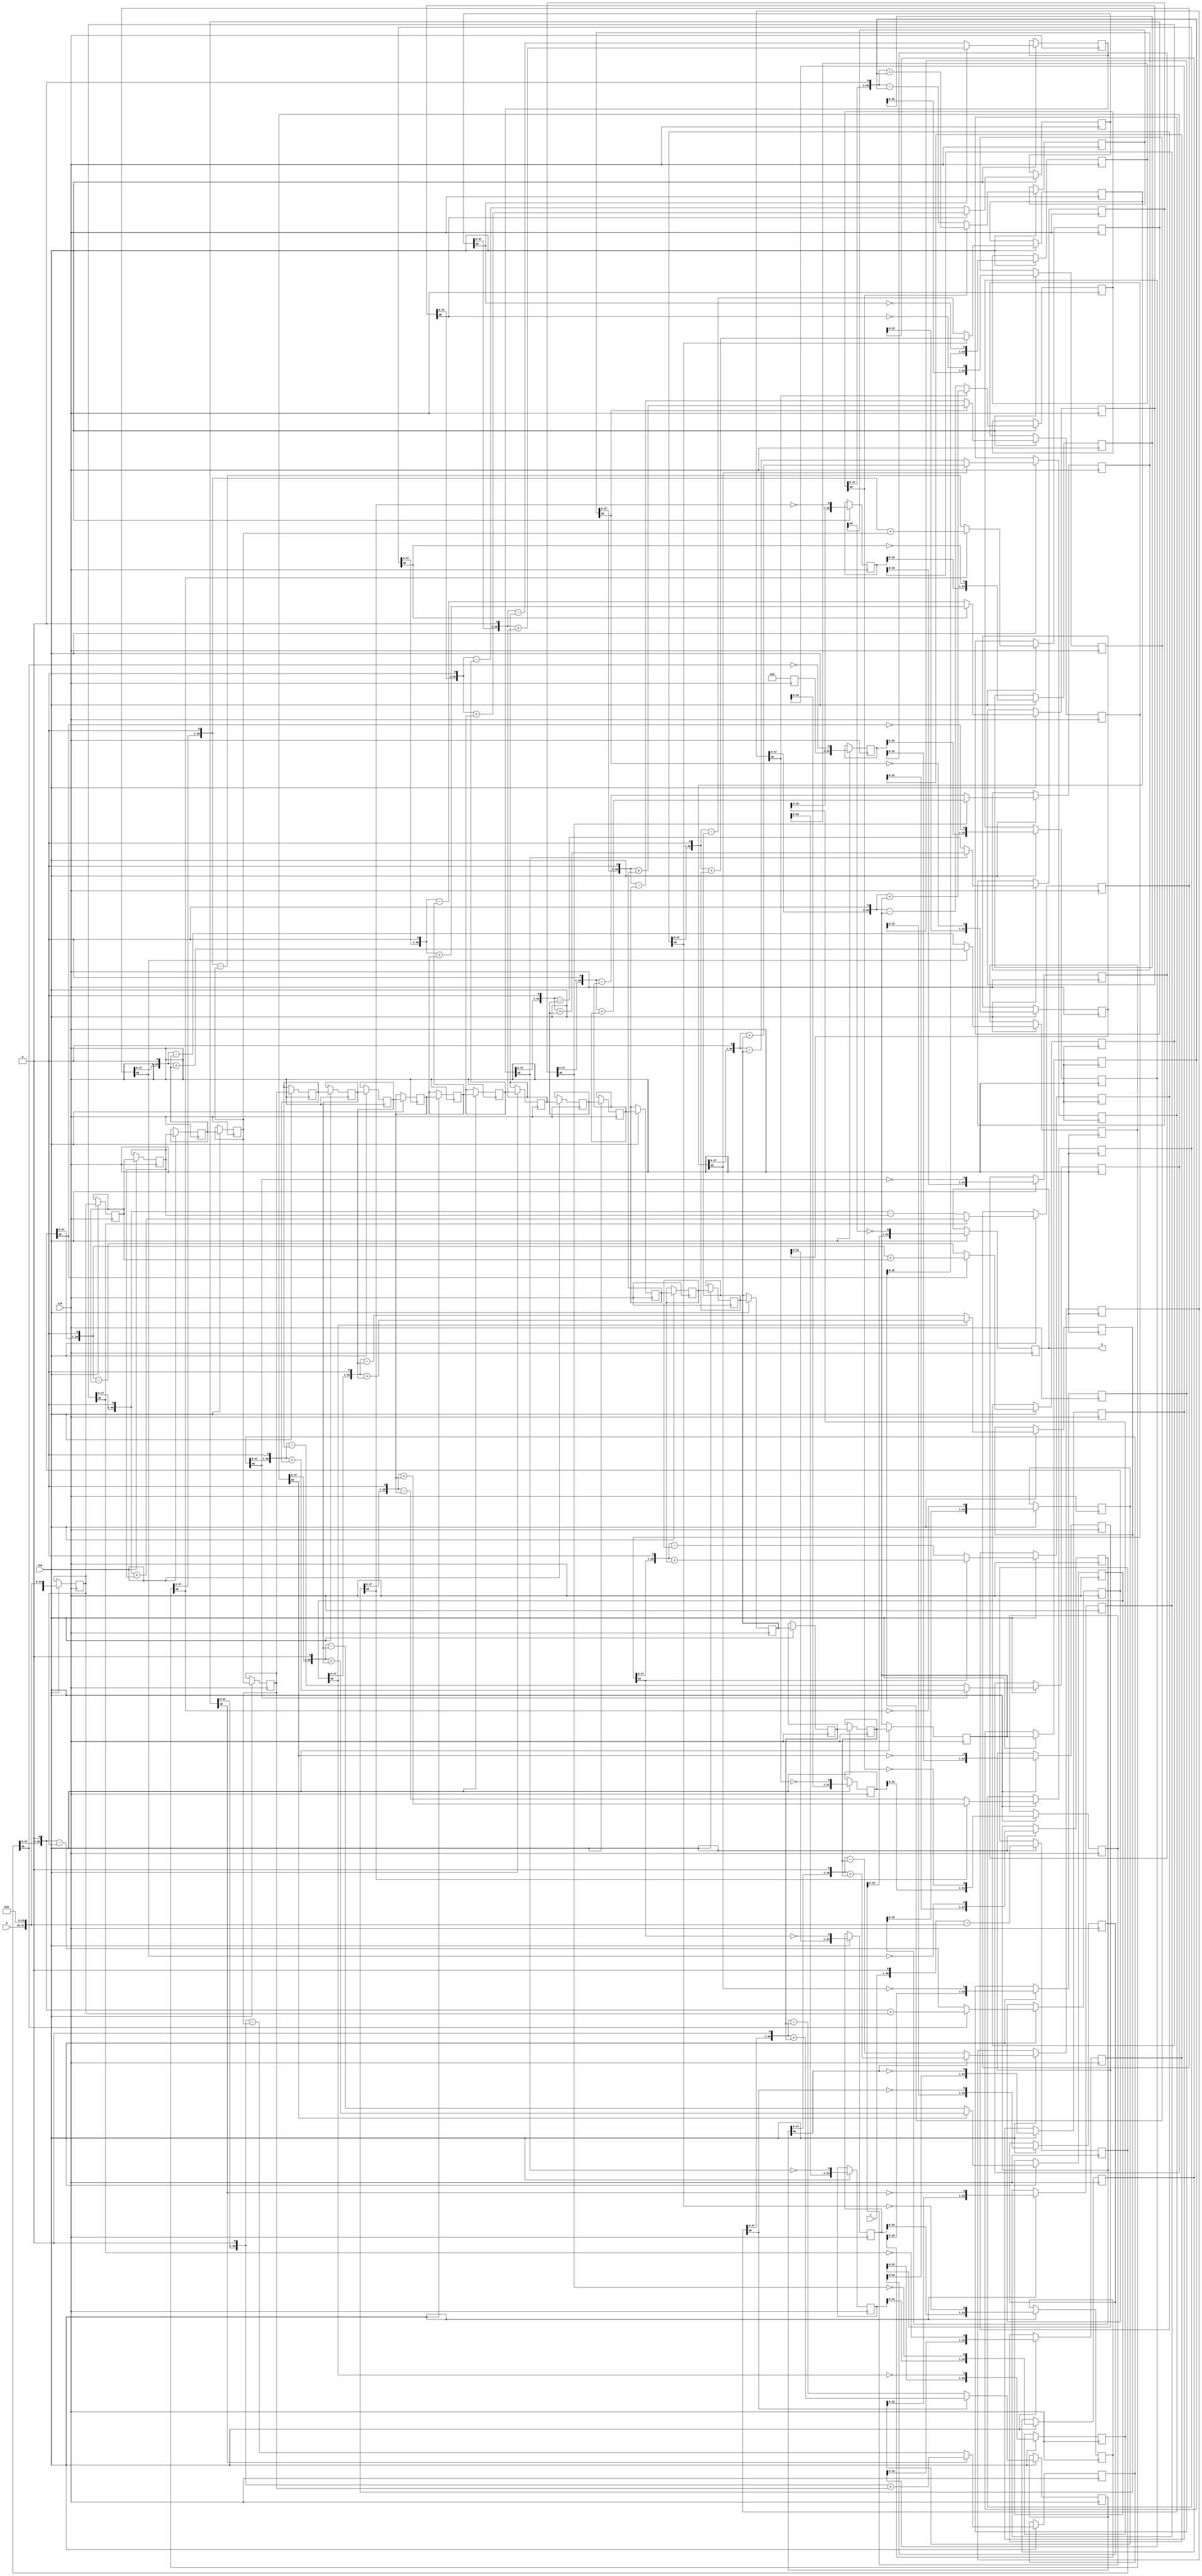
//Divider 
module div(clk, ena, z, d, q);

	//
	// parameters
	//
	parameter z_width = 48;
	parameter d_width = z_width/2;
	
	//
	// inputs & outputs
	//
	input clk;              // system clock
	input ena;              // clock enable
	
	input  [z_width-1:0] z; // divident
	input  [d_width-1:0] d; // divisor
	output [d_width-1:0] q; // quotient

	reg [d_width-1:0] q;

	//	
	// functions
	//
	function [z_width:0] gen_s;
		input [z_width:0] si;
		input [z_width:0] di;
	begin
	  if(si[z_width])
	    gen_s = {si[z_width-1:0], 1'b0} + di;
	  else
	    gen_s = {si[z_width-1:0], 1'b0} - di;
	end
	endfunction

	function [d_width-1:0] gen_q;
		input [d_width-1:0] qi;
		input [z_width:0] si;
	begin
	  gen_q = {qi[d_width-2:0], ~si[z_width]};
	end
	endfunction

	//
	// variables
	//
	reg [d_width-1:0] q_pipe  [d_width-1:0];
	reg [z_width:0] s_pipe  [d_width:0];
	reg [z_width:0] d_pipe  [d_width:0];

	//
	// perform parameter checks
	//
	// synopsys translate_off
	initial
	begin
	  if(d_width !== z_width / 2)
	    $display("div.v parameter error (d_width != z_width/2).");
	end
	// synopsys translate_on

	integer n0, n1, n2, n3;

	// generate divisor (d) pipe
	always @(d)
	  d_pipe[0] <= {1'b0, d, {(z_width-d_width){1'b0}} };

	always @(posedge clk)
	  if(ena)
	    for(n0=1; n0 <= d_width; n0=n0+1)
	       d_pipe[n0] <= #1 d_pipe[n0-1];

	// generate internal remainder pipe
	always @(z)
	  s_pipe[0] <= z;

	always @(posedge clk)
	  if(ena)
	    for(n1=1; n1 <= d_width; n1=n1+1)
	       s_pipe[n1] <= #1 gen_s(s_pipe[n1-1], d_pipe[n1-1]);

	// generate quotient pipe
	always @(posedge clk)
	  q_pipe[0] <= #1 0;

	always @(posedge clk)
	  if(ena)
	    for(n2=1; n2 < d_width; n2=n2+1)
	       q_pipe[n2] <= #1 gen_q(q_pipe[n2-1], s_pipe[n2]);
	
	always @(posedge clk)
	  if(ena)
	    q <= #1 gen_q(q_pipe[d_width-1], s_pipe[d_width]);

endmodule